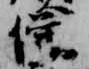
僧